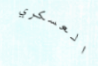
العسكري